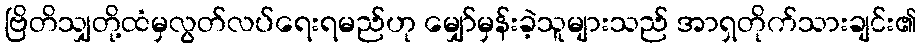
ဗြိတိသျှတို့ထံမှလွတ်လပ်ရေးရမည်ဟု မျှော်မှန်းခဲ့သူများသည် အာရှတိုက်သားချင်း၏